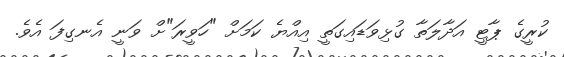
ކުރީގެ ޕާޓީ އަދާލަތާ ގުޅިވަޑައިގަތީ އިއްޔެ ކަމަށް "ހަވީރަ"ށް ވަނީ އެނގިފަ އެވެ.